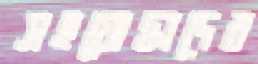
সহযোদ্ধাদের